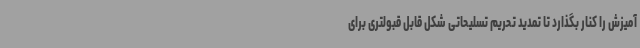
آمیزش را کنار بگذارد تا تمدید تحریم تسلیحاتی شکل قابل قبولتری برای